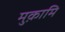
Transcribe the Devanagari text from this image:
मुक़ामि